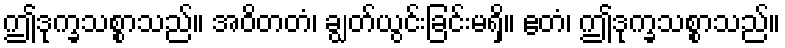
ဤဒုက္ခသစ္စာသည်။ အဝိတတံ၊ ချွတ်ယွင်းခြင်းမရှိ။ ဧတံ၊ ဤဒုက္ခသစ္စာသည်။